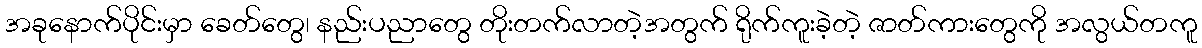
အခုနောက်ပိုင်းမှာ ခေတ်တွေ၊ နည်းပညာတွေ တိုးတက်လာတဲ့အတွက် ရိုက်ကူးခဲ့တဲ့ ဇာတ်ကားတွေကို အလွယ်တကူ